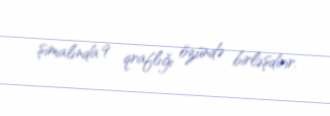
şimalında 9 qraflığı özündə birləşdirir.